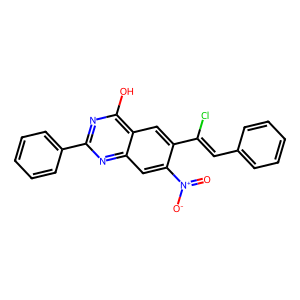
SMILES: O=[N+]([O-])c1cc2nc(-c3ccccc3)nc(O)c2cc1C(Cl)=Cc1ccccc1
Inhibits HIV replication: No